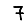
Digit: 7